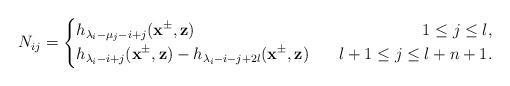
LaTeX: \begin{align*}N_{ij}=\left\{\begin{aligned}&h_{\lambda_i-\mu_j-i+j}(\mathbf{x}^{\pm},\mathbf{z})~~&~~1\leq j\leq l,\\&h_{\lambda_i-i+j}(\mathbf{x}^{\pm},\mathbf{z})-h_{\lambda_i-i-j+2l}(\mathbf{x}^{\pm},\mathbf{z})~&~~l+1\leq j\leq l+n+1.\end{aligned}\right.\end{align*}